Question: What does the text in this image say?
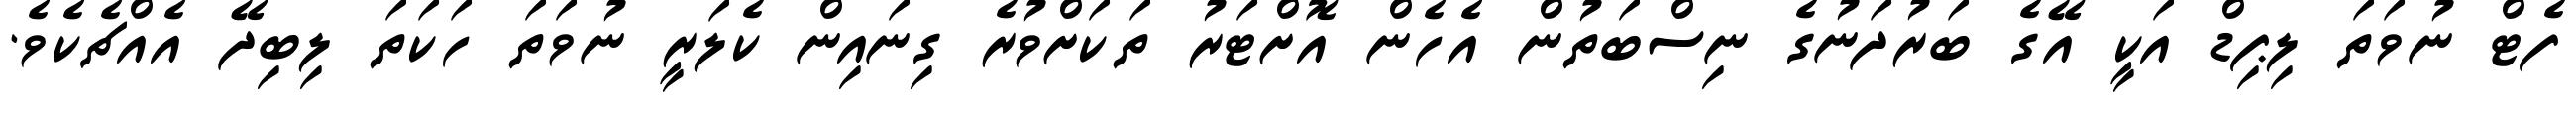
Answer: ފެޓް ނުވަތަ ލިޕިޑް އަކީ އޭގެ ބަރުދަނުގެ ނިސްބަތުން އެހެން އޮށްޓަރު ތަކަށްވުރެ ގިނައިން ކެލަރީ ނުވަތަ ހަކަތަ ލިބިދޭ އެއްޗެކެވެ.